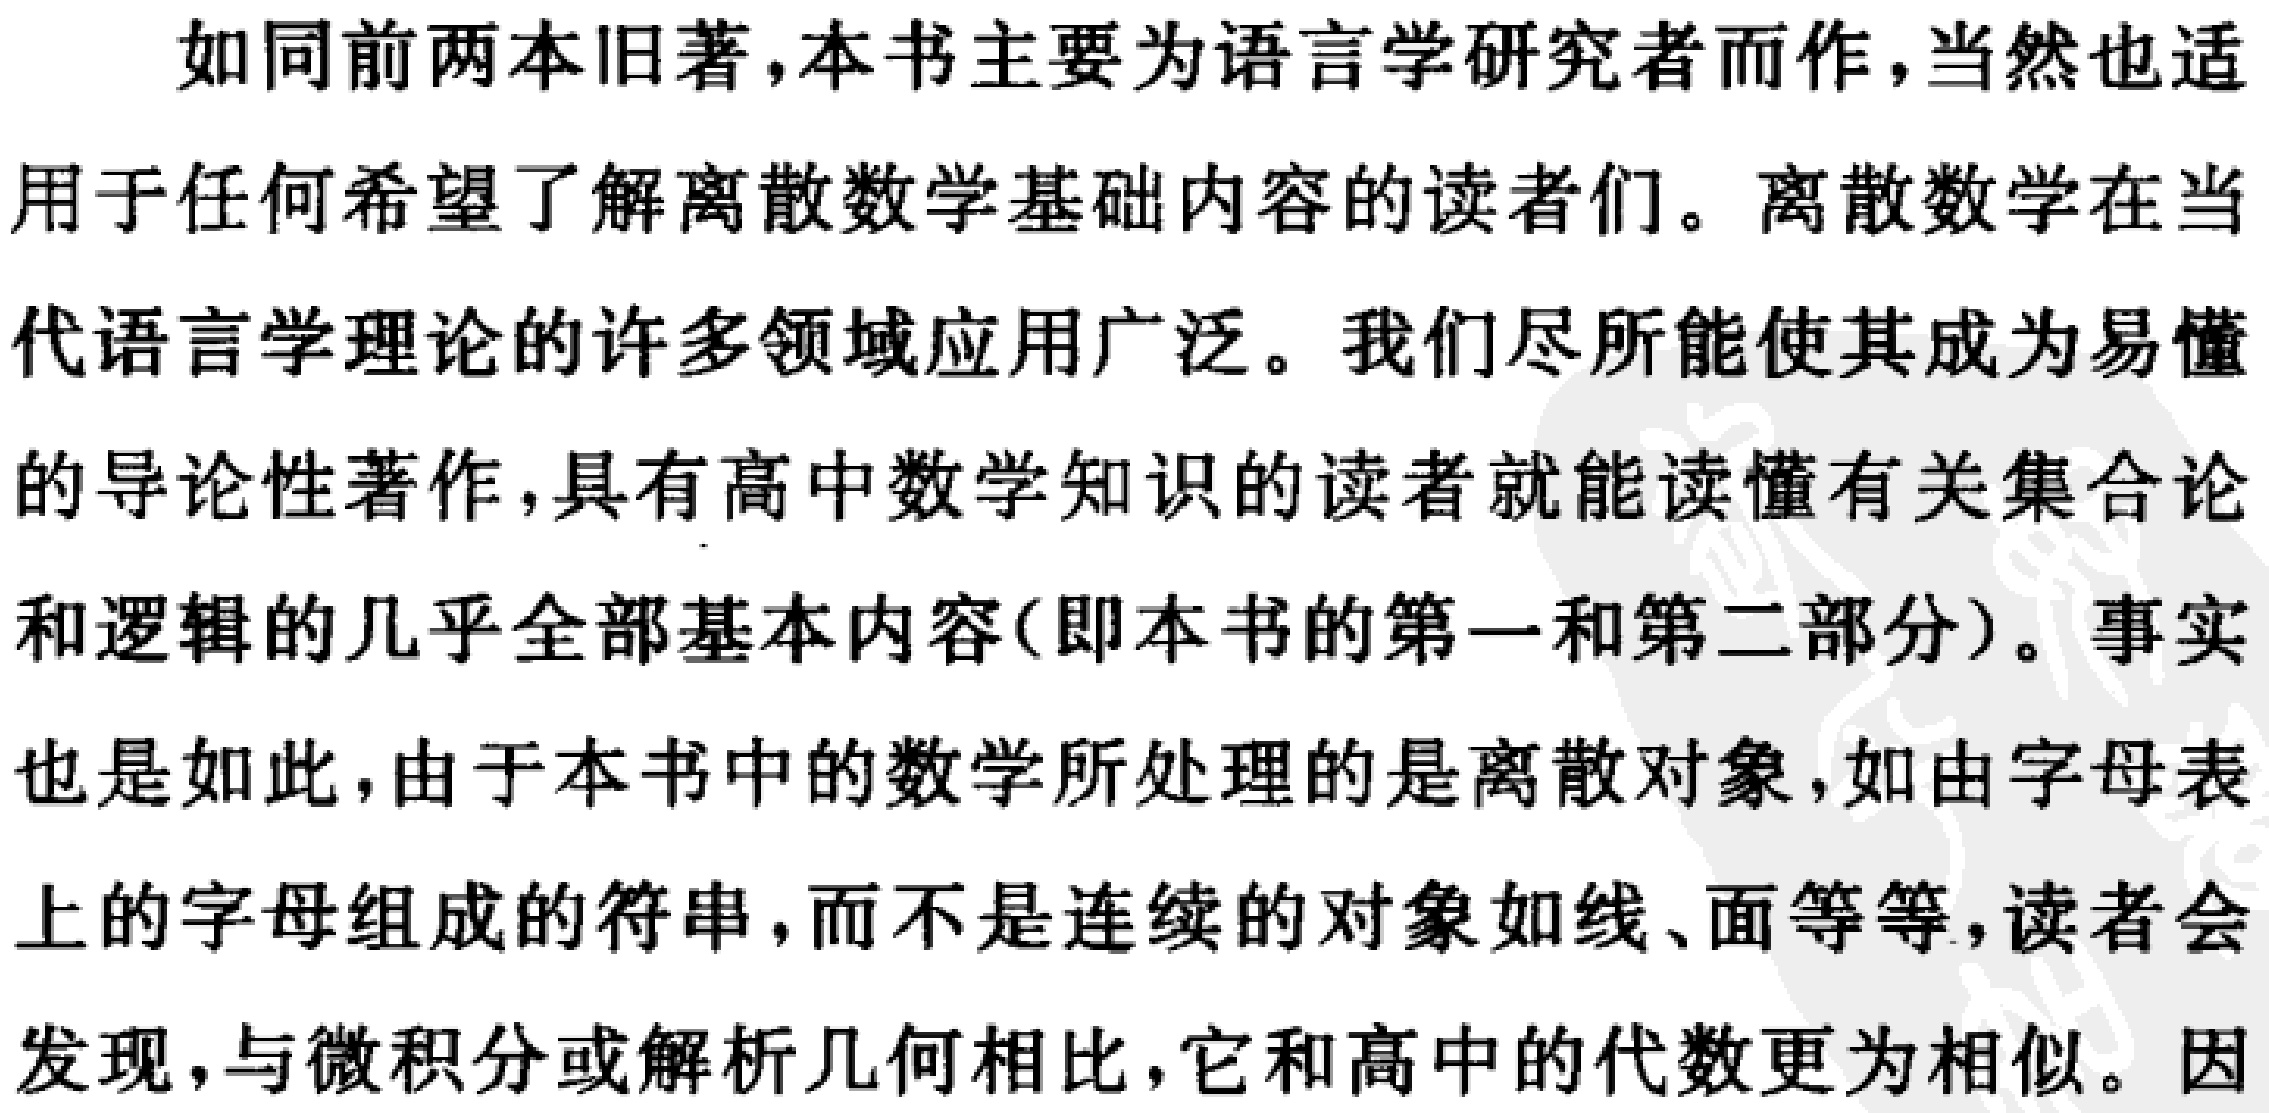
如同前两本旧著，本书主要为语言学研究者而作，当然也适

用于任何希望了解离散数学基础内容的读者们。离散数学在当

代语言学理论的许多领域应用广泛。我们尽所能使其成为易懂

的导论性著作，具有高中数学知识的读者就能读懂有关集合论

和逻辑的几乎全部基本内容(即本书的第一和第二部分)。事实

也是如此，由于本书中的数学所处理的是离散对象，如由字母表

上的字母组成的符串，而不是连续的对象如线、面等等，读者会

发现，与微积分或解析几何相比，它和高中的代数更为相似。因